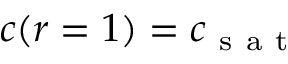
c ( r = 1 ) = c _ { \mathrm { ~ s ~ a ~ t ~ } }